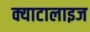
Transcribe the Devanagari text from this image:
क्याटालाइज